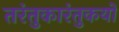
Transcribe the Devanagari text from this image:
तरंतुकारंतुकयो